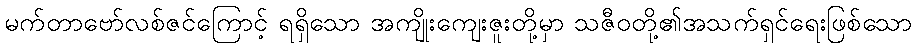
မက်တာဗော်လစ်ဇင်ကြောင့် ရရှိသော အကျိုးကျေးဇူးတို့မှာ သဇီဝတို့၏အသက်ရှင်ရေးဖြစ်သော